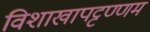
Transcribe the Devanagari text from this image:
विशाखापट्टण्णम